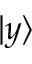
\vert y \rangle